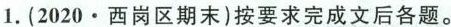
1.(2020.西岗区期末)按要求完成文后各题。